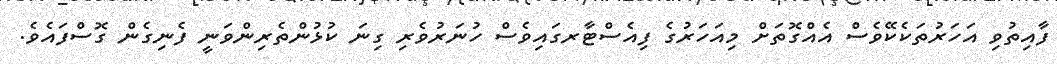
ފާއިތުވި އަހަރުތަކެކޭވެސް އެއްގޮތަށް މިއަހަރުގެ ފިއެސްޓާރގައިވެސް ހުނަރުވެރި ގިނަ ކުޅުންތެރިންވަނީ ފެނިގެން ގޮސްފައެވެ.